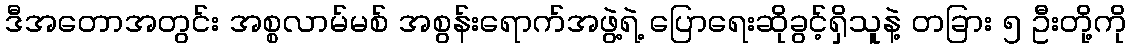
ဒီအတောအတွင်း အစ္စလာမ်မစ် အစွန်းရောက်အဖွဲ့ရဲ့ ပြောရေးဆိုခွင့်ရှိသူနဲ့ တခြား ၅ ဦးတို့ကို